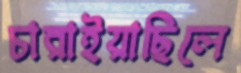
চারাইয়াছিলে